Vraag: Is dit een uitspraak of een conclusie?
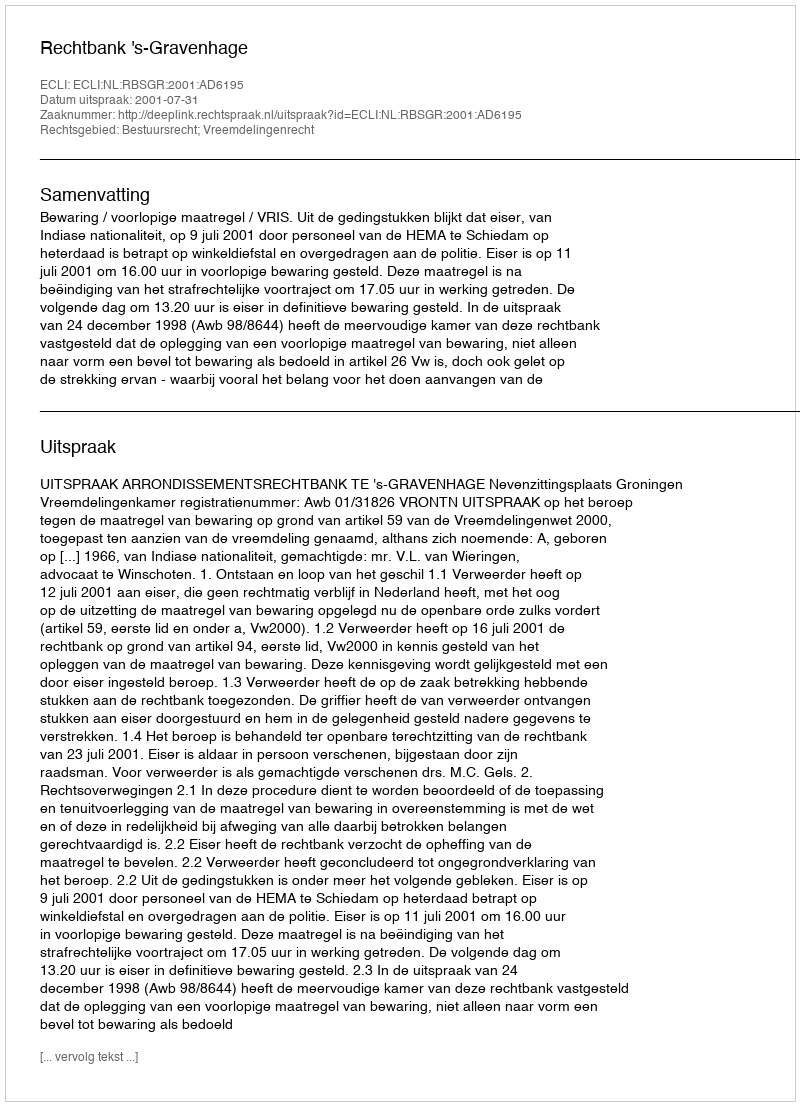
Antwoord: Uitspraak